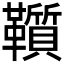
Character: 𩍵